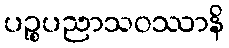
ပဉ္စပညာသဝဿာနိ